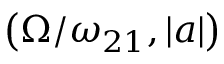
\left( \Omega / \omega _ { 2 1 } , | a | \right)